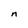
Character: n